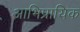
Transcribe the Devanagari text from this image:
आभिप्रायिक